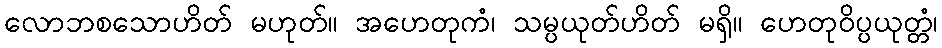
လောဘစသောဟိတ် မဟုတ်။ အဟေတုကံ၊ သမ္ပယုတ်ဟိတ် မရှိ။ ဟေတုဝိပ္ပယုတ္တံ၊